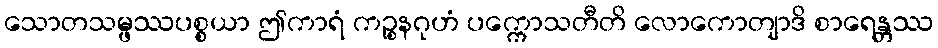
သောတသမ္ဖဿပစ္စယာ ဤကာရံ ကဉ္စနဂုဟံ ပက္ကောသတီတိ လောကောတျာဒိ စာရေန္တဿ